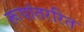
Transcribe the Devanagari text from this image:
रूपांतररित